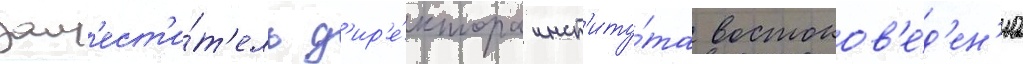
зам'ест'и́т'ель д'ир'е́ктора инст'иту́та востоков'е́д'ен'иа